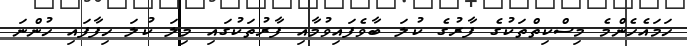
ހަމައެހެންމެ މިސްކިތްތަކުގެ ފާރުގެ ކުލަ ބާވެފައިވުމާއި ފާރުތަކުގައި މިލަ ކުލަ ހިފާފައި ހުންނަ